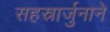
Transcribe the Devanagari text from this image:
सहस्रार्जुनाने